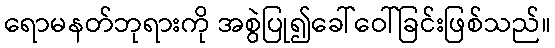
ရောမနတ်ဘုရားကို အစွဲပြု၍ခေါ်ဝေါ်ခြင်းဖြစ်သည်။